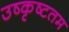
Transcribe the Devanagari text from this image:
उष्कृष्टतम